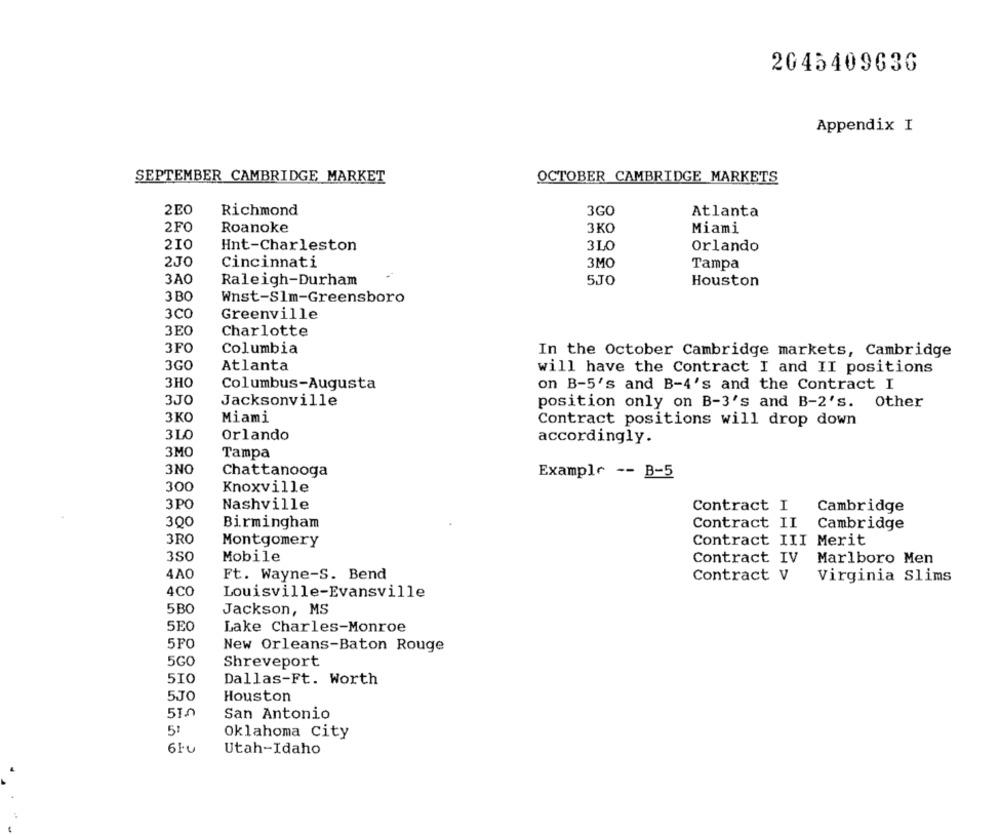
2045409636
Appendix I
SEPTEMBER CAMBRIDGE MARKET
OCTOBER CAMBRIDGE MARKETS
2E0
Richmond
3GO
Atlanta
2FO
Roanoke
3 KO
Miami
210
Hnt-Charleston
3LO
Orlando
2JO
Cincinnati
3MO
Tampa
3AO
Raleigh-Durham
5JO
Houston
3 BO
Wnst-Slm-Greensboro
3CO
Greenville
3E0
Charlotte
3FO
Columbia
In the October Cambridge markets, Cambridge
3GO
Atlanta
will have the Contract I and II positions
3HO
Columbus-Augusta
on B-5's and B-4's and the Contract I
3JO
Jacksonville
position only on B-3's and B-2's. Other
3KO
Miami
Contract positions will drop down
310
Orlando
accordingly.
3MO
Tampa
3NO
Chattanooga
Example -- B-5
300
Knoxville
3 PO
Nashville
Contract I
Cambridge
300
Birmingham
Contract II
Cambridge
3RO
Montgomery
Contract III Merit
350
Mobile
Contract IV
Marlboro Men
4AO
Ft. Wayne-S. Bend
Contract V
Virginia Slims
4CO
Louisville-Evansville
5BO
Jackson, MS
5E0
Lake Charles-Monroe
5FO
New Orleans-Baton Rouge
5GO
Shreveport
510
Dallas-Ft. Worth
5JO
Houston
51.0
San Antonio
5'
Oklahoma City
Utah-Idaho